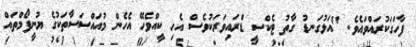
ފާހަގަކުރައްވައެވެ. "އަޅުގަނޑު ގާތު ޓެކްސީ ޑްރައިވަރަކުވެސް އެހި ކީއްވެހޭ އެހެން މުއައްސަސާތަކުގެ ޔުނީފޯމްތައް